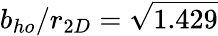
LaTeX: b_{ho}/r_{2D}=\sqrt{1.429}